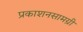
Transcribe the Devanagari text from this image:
प्रकाशनसामग्री